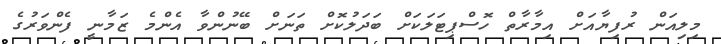
މިލިއަން ރުފިޔާއަށް އިމާރާތް ހޮސްޕިޓަލަކަށް ބަދަލުކޮށް ތަނަށް ބޭނުންވާ އެންމެ ޒަމާނީ ފެންވަރުގެ